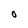
Character: O